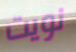
نويت